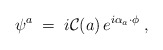
\begin{align*}\psi^{a} \;=\; i{\cal C}(a)\, e^{i\alpha_{a}\cdot\phi} \; ,\end{align*}